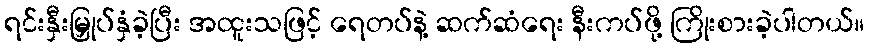
ရင်းနှီးမြှုပ်နှံခဲ့ပြီး အထူးသဖြင့် ရေတပ်နဲ့ ဆက်ဆံရေး နီးကပ်ဖို့ ကြိုးစားခဲ့ပါတယ်။